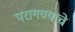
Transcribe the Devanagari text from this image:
परागण्याचे